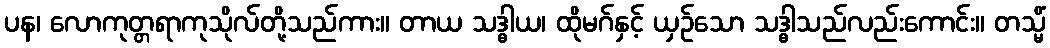
ပန၊ လောကုတ္တရာကုသိုလ်တို့သည်ကား။ တာယ သဒ္ဓါယ၊ ထိုမဂ်နှင့် ယှဉ်သော သဒ္ဓါသည်လည်းကောင်း။ တသ္မိံ